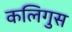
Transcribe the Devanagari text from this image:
कलिगुस